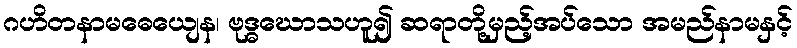
ဂဟိတနာမဓေယျေန၊ ဗုဒ္ဓဃောသဟူ၍ ဆရာတို့မှည့်အပ်သော အမည်နာမနှင့်